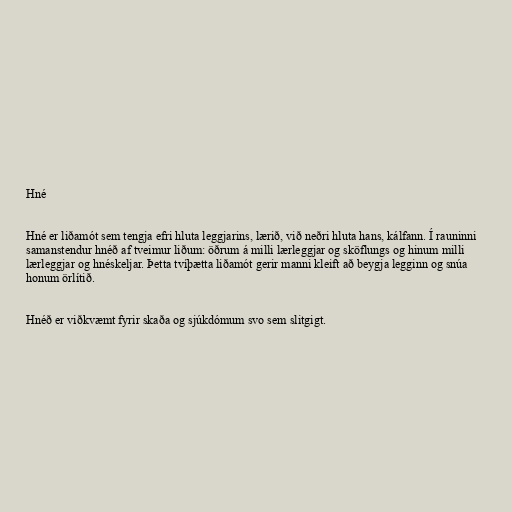
Hné

Hné er liðamót sem tengja efri hluta leggjarins, lærið, við neðri hluta hans, kálfann. Í rauninni
samanstendur hnéð af tveimur liðum: öðrum á milli lærleggjar og sköflungs og hinum milli
lærleggjar og hnéskeljar. Þetta tvíþætta liðamót gerir manni kleift að beygja legginn og snúa
honum örlítið.

Hnéð er viðkvæmt fyrir skaða og sjúkdómum svo sem slitgigt.